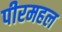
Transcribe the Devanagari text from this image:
पीरमहल